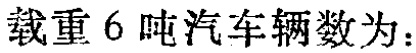
载重 6 吨汽车辆数为：